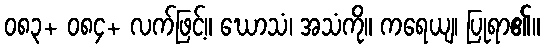
၀၈၃+ ၀၈၄+ လက်ဖြင့်။ ဃောသံ၊ အသံကို။ ကရေယျ၊ ပြုရာ၏။